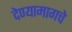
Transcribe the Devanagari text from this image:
देण्यामागचे